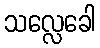
သလ္လေခေါ